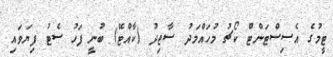
ޓީމުގެ އެސިސްޓަންޓް ކޯޗު މުހައްމަދު ސާޖިދު (ކާއްޓޭ) ބުނީ ފަހު ސެޓު ފިޔަވައި